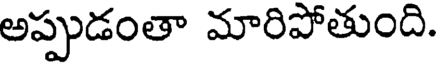
అప్పుడంతా మారిపోతుంది.